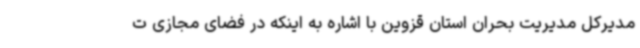
مدیرکل مدیریت بحران استان قزوین با اشاره به اینکه در فضای مجازی ت